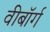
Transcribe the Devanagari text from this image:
वीबॉर्ग